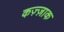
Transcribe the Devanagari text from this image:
कज़्ज़ाक